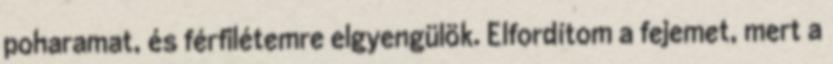
poharamat, és férfilétemre elgyengülök. Elfordítom a fejemet, mert a